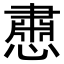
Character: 𪬵